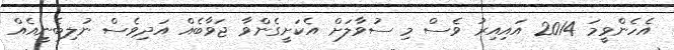
އެހެންވީމަ 2014 އައިއިރު ވެސް މި ސުވާލަށް އެކަށީގެންވާ ޖަވާބެއް އަދިވެސް ނުލިބެނީއެއް